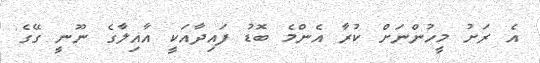
އެ ރަށު މީހުންނަށް ކުރާ އެންމެ ބޮޑު ފައިދާއަކީ އާއިލާގެ ނޫނީ ގޭގެ